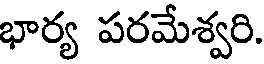
భార్య పరమేశ్వరి.